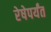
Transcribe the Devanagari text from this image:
रेषेपर्यंत